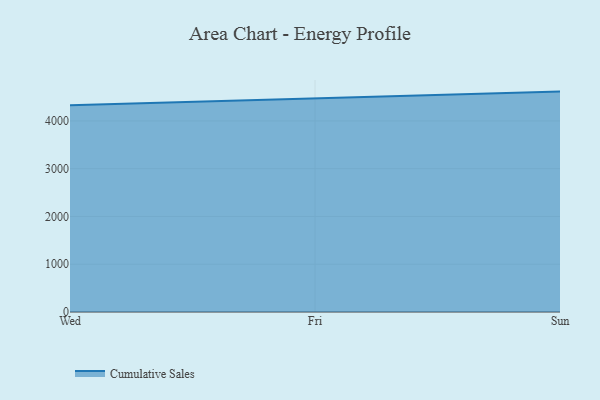
{"axis": {"x": "Day", "y": "Demand Index"}, "legend": ["Cumulative Sales"], "data": [{"x": "Wed", "y": 4328.6, "type": "Cumulative Sales"}, {"x": "Fri", "y": 4471.6, "type": "Cumulative Sales"}, {"x": "Sun", "y": 4613.3, "type": "Cumulative Sales"}]}